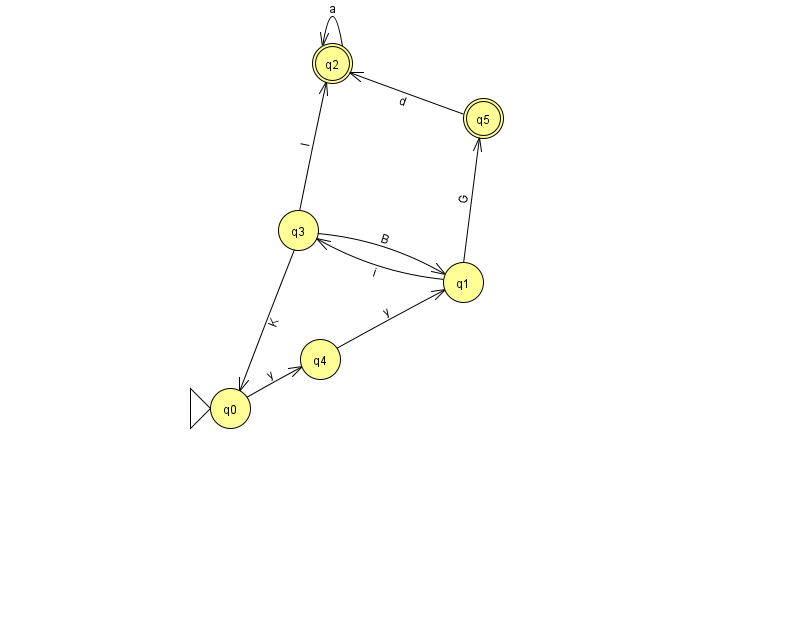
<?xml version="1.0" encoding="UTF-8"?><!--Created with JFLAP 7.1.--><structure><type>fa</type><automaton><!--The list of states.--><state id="0" name="q0"><x>230.0</x><y>395.0</y><initial/></state><state id="1" name="q1"><x>463.0</x><y>269.0</y></state><state id="2" name="q2"><x>332.0</x><y>50.0</y><final/></state><state id="3" name="q3"><x>298.0</x><y>217.0</y></state><state id="4" name="q4"><x>320.0</x><y>346.0</y></state><state id="5" name="q5"><x>483.0</x><y>105.0</y><final/></state><!--The list of transitions.--><transition><from>2</from><to>2</to><read>a</read></transition><transition><from>1</from><to>5</to><read>G</read></transition><transition><from>3</from><to>1</to><read>B</read></transition><transition><from>3</from><to>2</to><read>l</read></transition><transition><from>0</from><to>4</to><read>y</read></transition><transition><from>4</from><to>1</to><read>y</read></transition><transition><from>1</from><to>3</to><read>i</read></transition><transition><from>3</from><to>0</to><read>K</read></transition><transition><from>5</from><to>2</to><read>d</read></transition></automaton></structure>